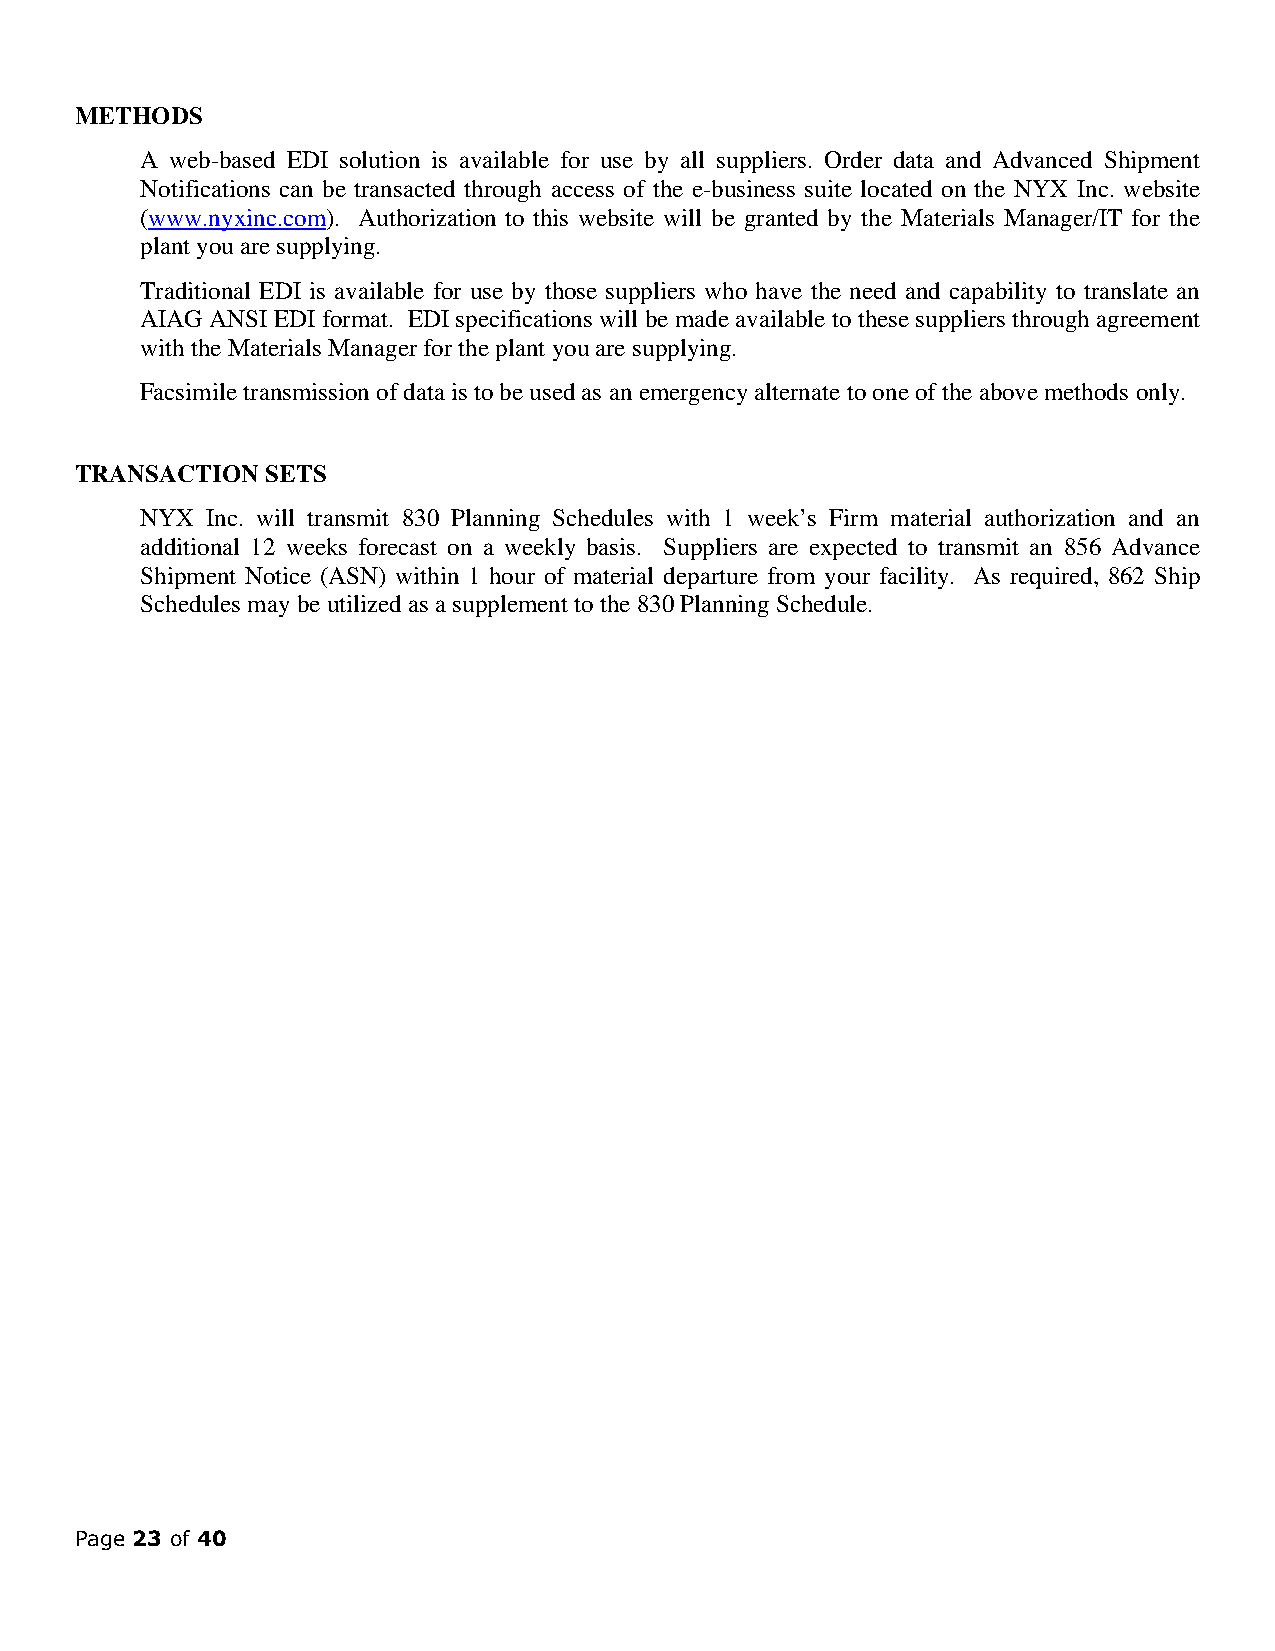
METHODS
 A web-based EDI solution is available for use by all suppliers. Order data and Advanced Shipment
 Notifications can be transacted through access of the e-business suite located on the NYX Inc. website
 (www.nyxinc.com). Authorization to this website will be granted by the Materials Manager/IT for the
 plant you are supplying.
 Traditional EDI is available for use by those suppliers who have the need and capability to translate an
 AIAG ANSI EDI format. EDI specifications will be made available to these suppliers through agreement
 with the Materials Manager for the plant you are supplying.
 Facsimile transmission of data is to be used as an emergency alternate to one of the above methods only.
 TRANSACTION  SETS
 NYX  Inc. will transmit 830 Planning Schedules with 1 week’s Firm material authorization and an
 additional 12 weeks forecast on a weekly basis. Suppliers are expected to transmit an 856 Advance
 Shipment Notice (ASN) within 1 hour of material departure from your facility. As required, 862 Ship
 Schedules may be utilized as a supplement to the 830 Planning Schedule.
 Page 23 of 40